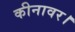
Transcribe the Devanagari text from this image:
कीनावर।